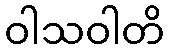
ဝါသဝါတိ